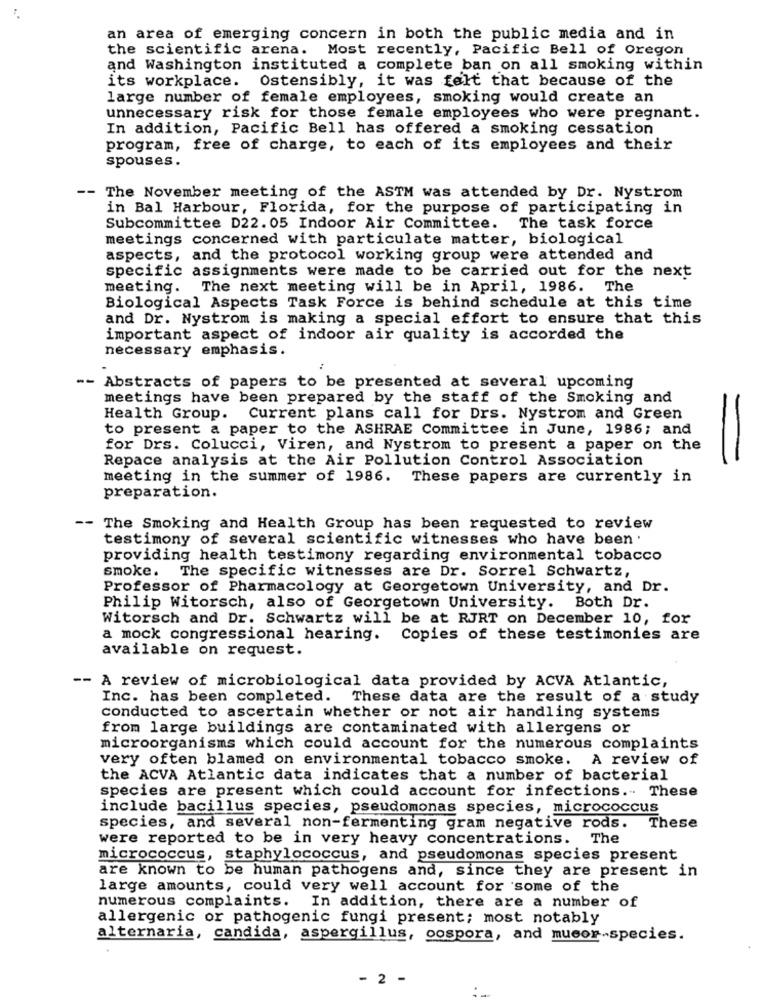
an area of emerging concern in both the public media and in
the scientific arena. Most recently, Pacific Bell of Oregon
and Washington instituted a complete ban on all smoking within
its workplace. Ostensibly, it was felt that because of the
large number of female employees, smoking would create an
unnecessary risk for those female employees who were pregnant.
In addition, Pacific Bell has offered a smoking cessation
program, free of charge, to each of its employees and their
spouses.
-- The November meeting of the ASTM was attended by Dr. Nystrom
in Bal Harbour, Florida, for the purpose of participating in
Subcommittee D22.05 Indoor Air Committee.
The task force
meetings concerned with particulate matter, biological
aspects, and the protocol working group were attended and
specific assignments were made to be carried out for the next
meeting.
The next meeting will be in April, 1986. The
Biological Aspects Task Force is behind schedule at this time
and Dr. Nystrom is making a special effort to ensure that this
important aspect of indoor air quality is accorded the
necessary emphasis.
--
Abstracts of papers to be presented at several upcoming
meetings have been prepared by the staff of the Smoking and
Health Group.
Current plans call for Drs. Nystrom and Green
to present a paper to the ASHRAE Committee in June, 1986; and
for Drs. Colucci, Viren, and Nystrom to present a paper on the
Repace analysis at the Air Pollution Control Association
meeting in the summer of 1986. These papers are currently in
preparation.
-- The Smoking and Health Group has been requested to review
testimony of several scientific witnesses who have been .
providing health testimony regarding environmental tobacco
smoke. The specific witnesses are Dr. Sorrel Schwartz,
Professor of Pharmacology at Georgetown University, and Dr.
Philip Witorsch, also of Georgetown University. Both Dr.
Witorsch and Dr. Schwartz will be at RJRT on December 10, for
a mock congressional hearing. Copies of these testimonies are
available on request.
-- A review of microbiological data provided by ACVA Atlantic,
Inc. has been completed. These data are the result of a study
conducted to ascertain whether or not air handling systems
from large buildings are contaminated with allergens or
microorganisms which could account for the numerous complaints
very often blamed on environmental tobacco smoke. A review of
the ACVA Atlantic data indicates that a number of bacterial
species are present which could account for infections. These
include bacillus species, pseudomonas species, micrococcus
species, and several non-fermenting gram negative rods. These
were reported to be in very heavy concentrations. The
micrococcus, staphylococcus, and pseudomonas species present
are known to be human pathogens and, since they are present in
large amounts, could very well account for some of the
numerous complaints. In addition, there are a number of
allergenic or pathogenic fungi present; most notably
alternaria, candida, aspergillus, oospora, and mucor-species.
- 2 -